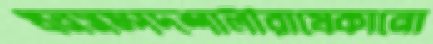
ধনসম্পদশালীরাযেকানো